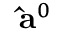
\mathbf { \hat { a } } ^ { 0 }